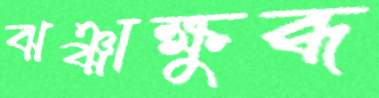
ঝঞ্ঝাক্ষুব্ধ